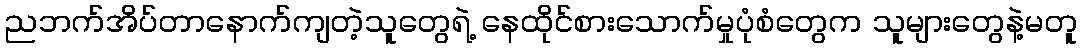
ညဘက်အိပ်တာနောက်ကျတဲ့သူတွေရဲ့ နေထိုင်စားသောက်မှုပုံစံတွေက သူများတွေနဲ့မတူ